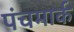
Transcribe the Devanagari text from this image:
पंचमार्क